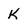
Character: K